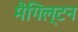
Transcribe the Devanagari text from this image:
मैगिल्टन